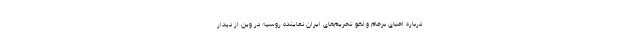
درباره احیای برجام و لغو تحریم‌های ایران نماینده روسیه در وین از دیدار